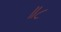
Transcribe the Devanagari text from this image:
॥८